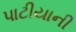
પાટીયાની